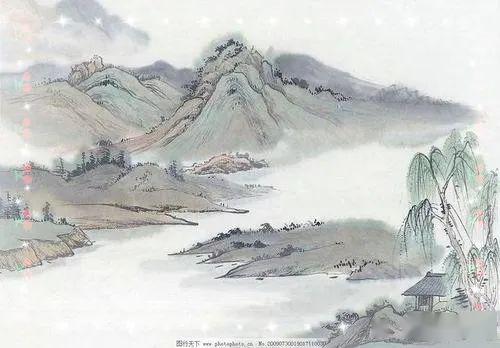
谢亭离别处，风景每生愁。